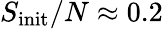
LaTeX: S_{\mathrm{init}}/N\approx 0.2